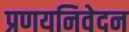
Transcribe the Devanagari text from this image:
प्रणयनिवेदन